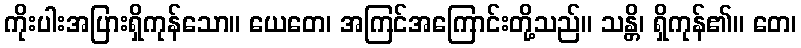
ကိုးပါးအပြားရှိကုန်သော။ ယေတေ၊ အကြင်အကြောင်းတို့သည်။ သန္တိ၊ ရှိကုန်၏။ တေ၊